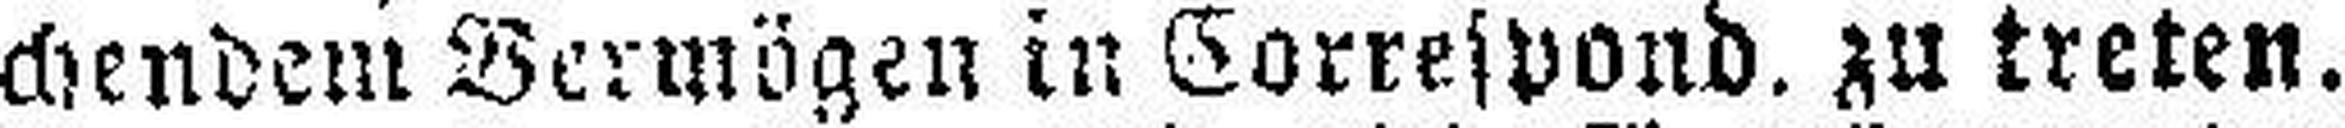
chendem Vermögen in Correspond. zu treten.